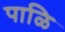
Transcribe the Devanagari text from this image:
पाळि